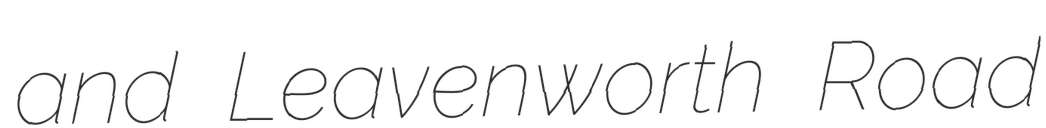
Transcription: and Leavenworth Road